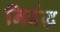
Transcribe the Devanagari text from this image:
निर्बद्ध